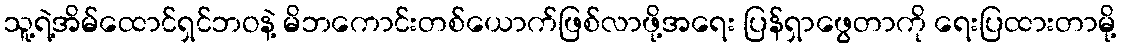
သူ့ရဲ့အိမ်ထောင်ရှင်ဘဝနဲ့ မိဘကောင်းတစ်ယောက်ဖြစ်လာဖို့အရေး ပြန်ရှာဖွေတာကို ရေးပြထားတာမို့